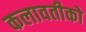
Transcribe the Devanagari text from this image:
कलावतीको